Rangoon Lunatic Asylum 1893-1897 - 1893-1897
Year: 1893
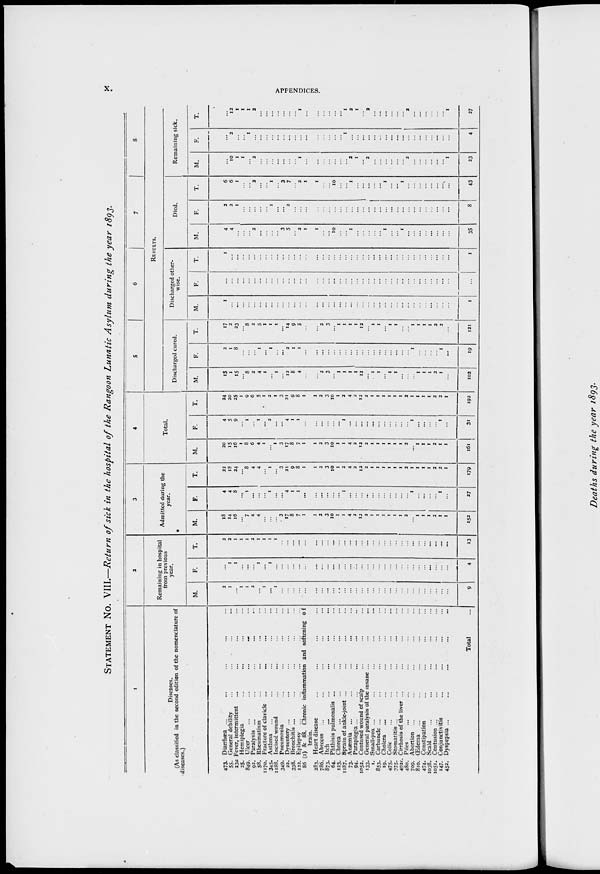
x.
APPENDICES.
STATEMENT No. VIII.—Return of sick in the hospital of the Rangoon Lunatic Asylum during the year 1893.
1
Diseases.
(As classified in the second edition of the nomenclature of
diseases.)
473. Diarrhœa ... ... ... ... ...
55. General debility
...
...
...
...
...
23a Fever, intermittent ... ... ... ... ...
25. Hemiplegia ... ... ... ... ...
849. Ulcer
...
...
...
...
...
92. Paralysis ... ... ... ... ...
58. Rheumatism ... ... ... ... ...
1170. Fracture of clavicle ... ... ... ...
345. Asthma ... ... ... ... ...
1188. Incised wound ... ... ... ... ...
349. Pneumonia ... ... ... ... ...
22. Dysentery ... ... ... ... ...
338. Bronchitis ... ... ... ... ...
122. Epilepsy ... ... ... ... ...
86 (2) & 88. Chronic inflammation and softening of
brain.
283. Heart disease ... ... ... ... ...
786. Abscess ... ... ... ... ...
873. Itch ... ... ... ... ...
64. Phthisis pulmonalis ... ... ... ... ...
123. Chorea ... ... ... ... ...
1187. Sprain of ankle-joint ... ... ...
73. Anæmia ... ... ... ... ...
94. Paraplegia...
1052. Contused wound of scalp ... ... ...
133. General paralysis of the insane ...
1. Small-pox ... ... ... ... ...
853. Carbuncle ... ... ... ... ...
19. Cholera ... ... ... ... ...
475. Colic ... ... ... ... ...
375. Stomatitis ... ... ... ... ...
492c. Cirrhosis of the liver ...
480. Piles ... ... ... ... ...
709. Abortion ... ... ... ... ...
810. Œdema ... ... ... ... ...
474. Constipation ... ... ... ... ...
1038. Scald ... ... ... ... ...
1051. Contusion ... ... ... ... ...
147. Conjunctivitis ... ... ... ... ...
452. Dyspepsia ... ... ... ... ...
Total...
2
Remaining in hospital
from previous
year.
M.
2
1
...
1
1
2
...
1
...
1
...
...
...
...
...
...
...
...
...
...
...
...
...
...
...
...
...
...
...
...
...
...
...
...
...
...
...
...
...
9
F.
...
1
1
...
...
...
1
...
1
...
...
...
...
...
...
...
...
...
...
...
...
...
...
...
...
...
...
...
...
...
...
...
...
...
...
...
...
...
...
4
T.
2
2
1
1
1
2
1
1
1
1
...
...
...
...
...
...
...
...
...
...
...
...
...
...
...
...
...
...
...
...
...
...
...
...
...
...
...
...
...
13
3
Admitted during the
year.
M.
18
14
16
...
7
4
4
...
...
...
3
17
8
7
1
1
2
3
10
1
1
4
2
12
2
1
1
1
1
1
1
2
...
1
1
1
2
1
1
152
F.
4
4
8
...
1
...
...
...
1
...
...
4
1
1
...
...
...
...
...
...
1
...
...
...
...
...
...
...
...
...
...
...
1
...
...
...
...
1
...
27
T.
22
18
24
...
8
4
4
...
1
...
3
21
9
8
1
1
2
3
10
1
2
4
2
12
2
1
1
1
1
1
1
2
1
1
1
1
2
2
1
179
4
Total.
M.
20
15
16
1
8
6
4
1
...
1
3
17
8
7
1
1
2
3
10
1
1
4
2
12
2
1
1
1
1
1
1
2
...
1
1
1
2
1
1
161
F.
4
5
9
...
1
...
1
...
2
...
...
4
1
1
...
...
...
...
...
...
1
...
...
...
...
...
...
...
...
...
...
...
1
...
...
...
...
1
...
31
T.
24
20
25
1
9
6
5
1
2
1
3
21
9
8
1
1
2
3
10
1
2
4
2
12
2
1
1
1
1
1
1
2
1
1
1
1
2
2
1
192
5
6
7
8
RESULTS.
Discharged cured.
M.
15
1
15
...
8
2
4
1
...
1
...
12
8
4
...
...
2
3
...
1
1
1
1
12
...
1
1
...
1
1
...
...
...
1
1
1
2
1
...
103
F.
2
1
8
...
...
...
1
...
1
...
...
2
1
1
...
...
...
...
...
...
...
...
1
...
...
...
...
...
...
...
...
...
1
...
...
...
...
1
...
19
T.
17
2
23
...
8
2
5
1
1
1
...
14
9
5
...
...
2
3
...
1
1
1
2
12
...
1
1
...
1
1
....
...
1
1
1
1
2
2
...
121
Discharged other-
wise.
M.
1
...
...
...
...
...
...
...
...
...
...
...
..
...
...
...
...
...
...
...
...
...
...
...
...
...
...
...
...
...
...
...
...
...
...
...
...
...
...
1
F.
...
...
...
...
...
...
...
...
...
...
...
...
...
...
...
...
...
...
...
...
...
...
...
...
...
...
...
...
...
...
...
...
...
...
...
...
...
...
...
...
T.
1
...
...
...
...
...
...
...
...
...
...
...
...
...
...
...
...
...
...
...
...
...
...
...
...
...
...
...
...
...
...
...
...
...
...
...
...
...
...
1
Died.
M.
4
4
...
...
...
2
...
...
...
...
3
5
...
2
1
1
...
...
10
...
...
1
...
...
...
...
...
1
...
...
1
...
...
...
...
...
...
...
...
35
F.
2
2
1
...
...
...
...
...
1
...
...
2
...
...
...
...
...
...
...
...
...
...
...
...
...
...
...
...
...
...
...
...
...
...
...
...
...
...
...
8
T.
6
6
1
...
...
2
...
...
1
...
3
7
...
2
1
1
...
...
10
...
...
1
...
...
...
...
...
1
...
...
1
...
...
...
...
...
...
...
...
43
Remaining sick.
M.
...
10
1
1
...
2
...
...
...
...
...
...
...
1
...
...
...
...
...
...
....
2
1
...
2
...
...
...
...
...
...
2
...
...
...
...
...
...
1
23
F.
...
2
...
...
1
...
...
...
...
...
...
...
...
...
...
...
...
...
...
...
1
...
...
...
...
...
...
...
...
...
...
...
...
...
...
...
...
...
...
4
T.
...
12
1
1
1
2
...
...
...
...
...
...
...
1
...
...
...
...
...
...
1
2
1
...
2
...
...
...
...
...
...
2
...
...
...
...
...
...
1
27